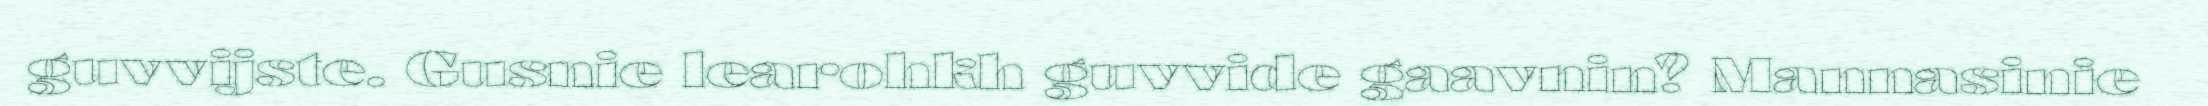
guvvijste. Gusnie learohkh guvvide gaavnin? Mannasinie